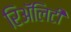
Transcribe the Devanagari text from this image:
रिअॅलिटी